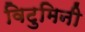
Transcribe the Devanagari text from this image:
विटुमिनी